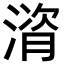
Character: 𪶻